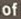
of